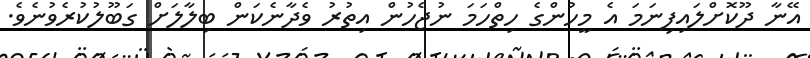
އޭނާ ދޫކޮށްލައިފިނަމަ އެ މީހުންގެ ހިތްހަމަ ނުޖެހުން އިތުރު ވެދާނެކަން ބިލާލަށް ގަބޫލުކުރެވުނެވެ.